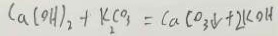
C a ( O H ) _ { 2 } + k _ { 2 } C O _ { 3 } = C a C O _ { 3 } \downarrow + 2 k O H